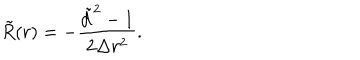
LaTeX: \tilde { R } ( r ) = - \frac { \tilde { d } ^ { 2 } - 1 } { 2 \Delta r ^ { 2 } } .